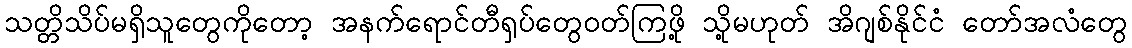
သတ္တိသိပ်မရှိသူတွေကိုတော့ အနက်ရောင်တီရှပ်တွေဝတ်ကြဖို့ သို့မဟုတ် အိဂျစ်နိုင်ငံ တော်အလံတွေ